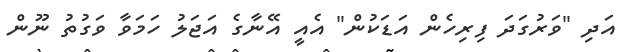
އަދި "ވަރުގަދަ ފިރިހެން އަޑަކުން" އެއީ އޭނާގެ އަޖަލު ހަމަވާ ވަގުތު ނޫން